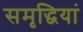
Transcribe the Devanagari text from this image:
समृद्धियां